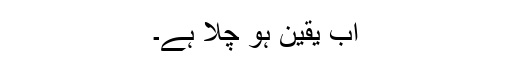
اب یقین ہو چلا ہے۔